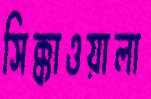
সিক্কাওয়ালা